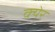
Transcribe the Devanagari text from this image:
क्येर